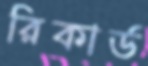
রিকার্ড